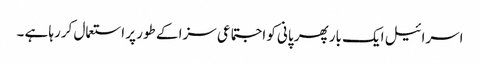
اسرائیل ایک بار پھر پانی کو اجتماعی سزا کے طور پر استعمال کررہا ہے ۔